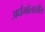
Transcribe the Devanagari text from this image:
अर्धगोलातील